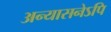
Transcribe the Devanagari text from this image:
अन्यासनेऽपि